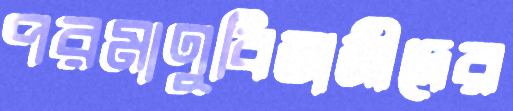
পরমাণুবিজ্ঞানীদের